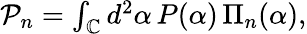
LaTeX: \begin{array}{r}{\mathcal{P}_{n}=\int_{\mathbb{C}}d^{2}\alpha\, P(\alpha)\, \Pi_{n}(\alpha),}\end{array}